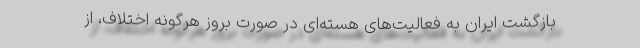
بازگشت ایران به فعالیت‌های هسته‌ای در صورت بروز هرگونه اختلاف، از